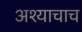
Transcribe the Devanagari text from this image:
अश्याचाच